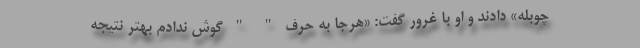
چوبله» دادند و او با غرور گفت: «هرجا به حرف " " گوش ندادم بهتر نتیجه